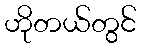
ဟိုတယ်တွင်